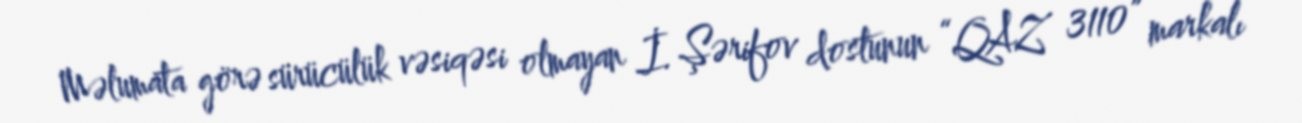
Məlumata görə sürücülük vəsiqəsi olmayan İ. Şərifov dostunun “QAZ 3110” markalı